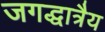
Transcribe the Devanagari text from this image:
जगद्धात्रैय